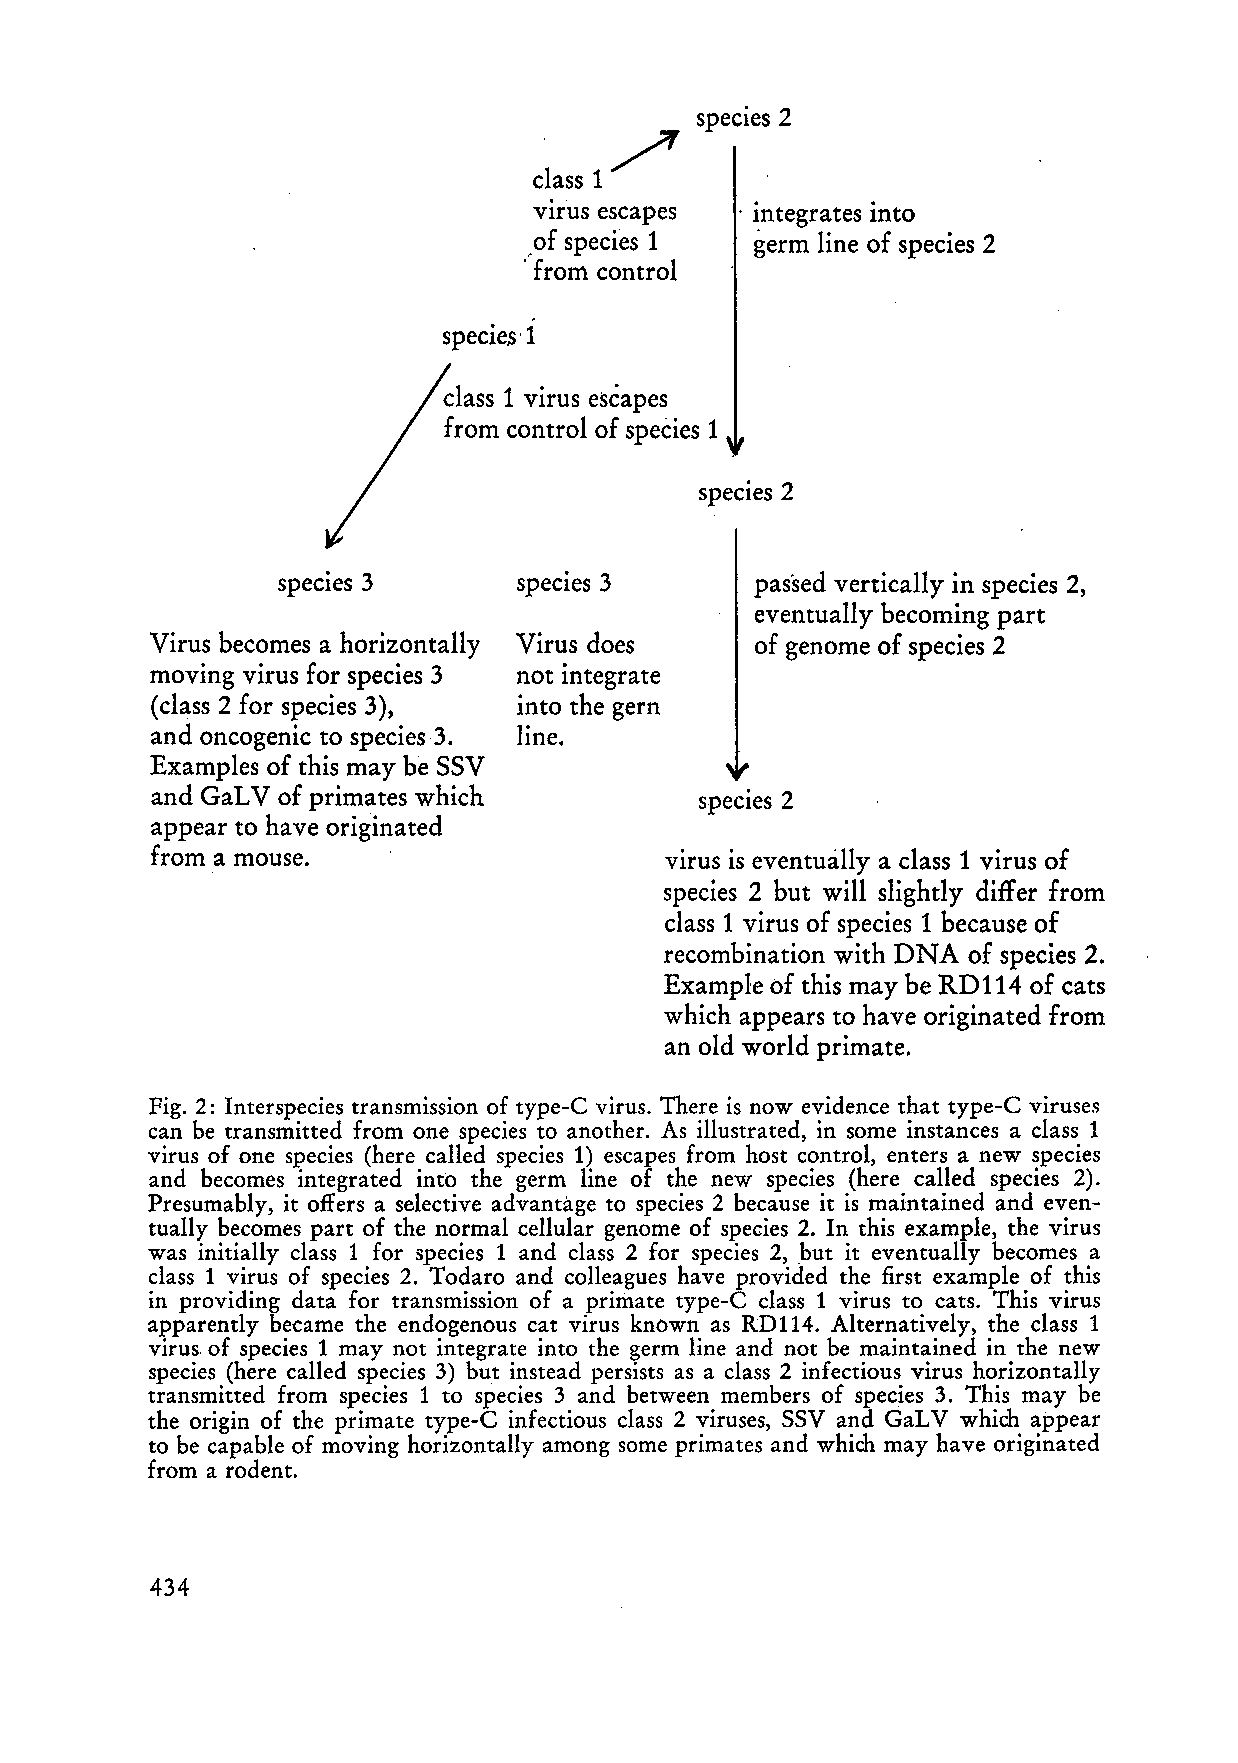
species 2
 ,/"
 .
 dass 1
 VIrUS esca pes . integrates into
 _o f species 1 germ li ne of species 2
 . from control
 specieS'l
 dass 1 virus escapes
 from contro! of speCies 1
 species 2
 species 3       species 3       passed vertically in species 2,
 eventually becoming part
 Virus becomes a horizontally Virus does of genome of species 2
 moving virus for species 3 not integrate
 (dass 2 for species 3), into the gern
 and oncogenic to species3. line.
 Exampies of this may be SSV
 and GaLV of primates which          species 2
 appear to have originated
 from a mouse.                     virus is eventua,lly a dass 1 virus of
 species 2 but will slightly differ from
 dass 1 virus of species 1 because of
 recombination with DNA of species 2.
 Example of this may be RDl14 of cats
 which appears to have originated from
 an old world primate.
 Fig. 2: Interspecies transmission of type-C virus. There is now evidence that type-C viruses
 can be transmitted from one species to another. As illustrated, in some instances a dass 1
 virus of one species (here called species 1) escapes from host control, enters a new species
 and becomes integrated intö the germ line of the new species (he re called species 2).
 Presumably, it oifers a selective advantage to species 2 because it is maintained and even
 tually becomes part of the normal cellular genome of species 2. In this example, the virus
 was initially dass 1 for species 1 and dass 2 for species 2, hut it eventually becomes a
 dass 1 virus of species 2. Todaro and colleagues have provided the first example of this
 in providing data for transmission of a primate type-C dass 1 virus to cats. This virus
 apparently hecame the endogenous cat virus known as RD114. Alternatively, the dass 1
 virus.of species 1 may not integrate into the germ line and not be maintained in the new
 species (here called species 3) hut instead persists as a dass 2 infectious virus horizontally
 transmitted from species 1 to species 3 and between members of species 3. This may be
 the origin of the primate type-C infectious dass 2 viruses, SSV and GaLV which appear
 to be capable of moving horizontally among some primates and which may have originated
 from a rodent.
 434